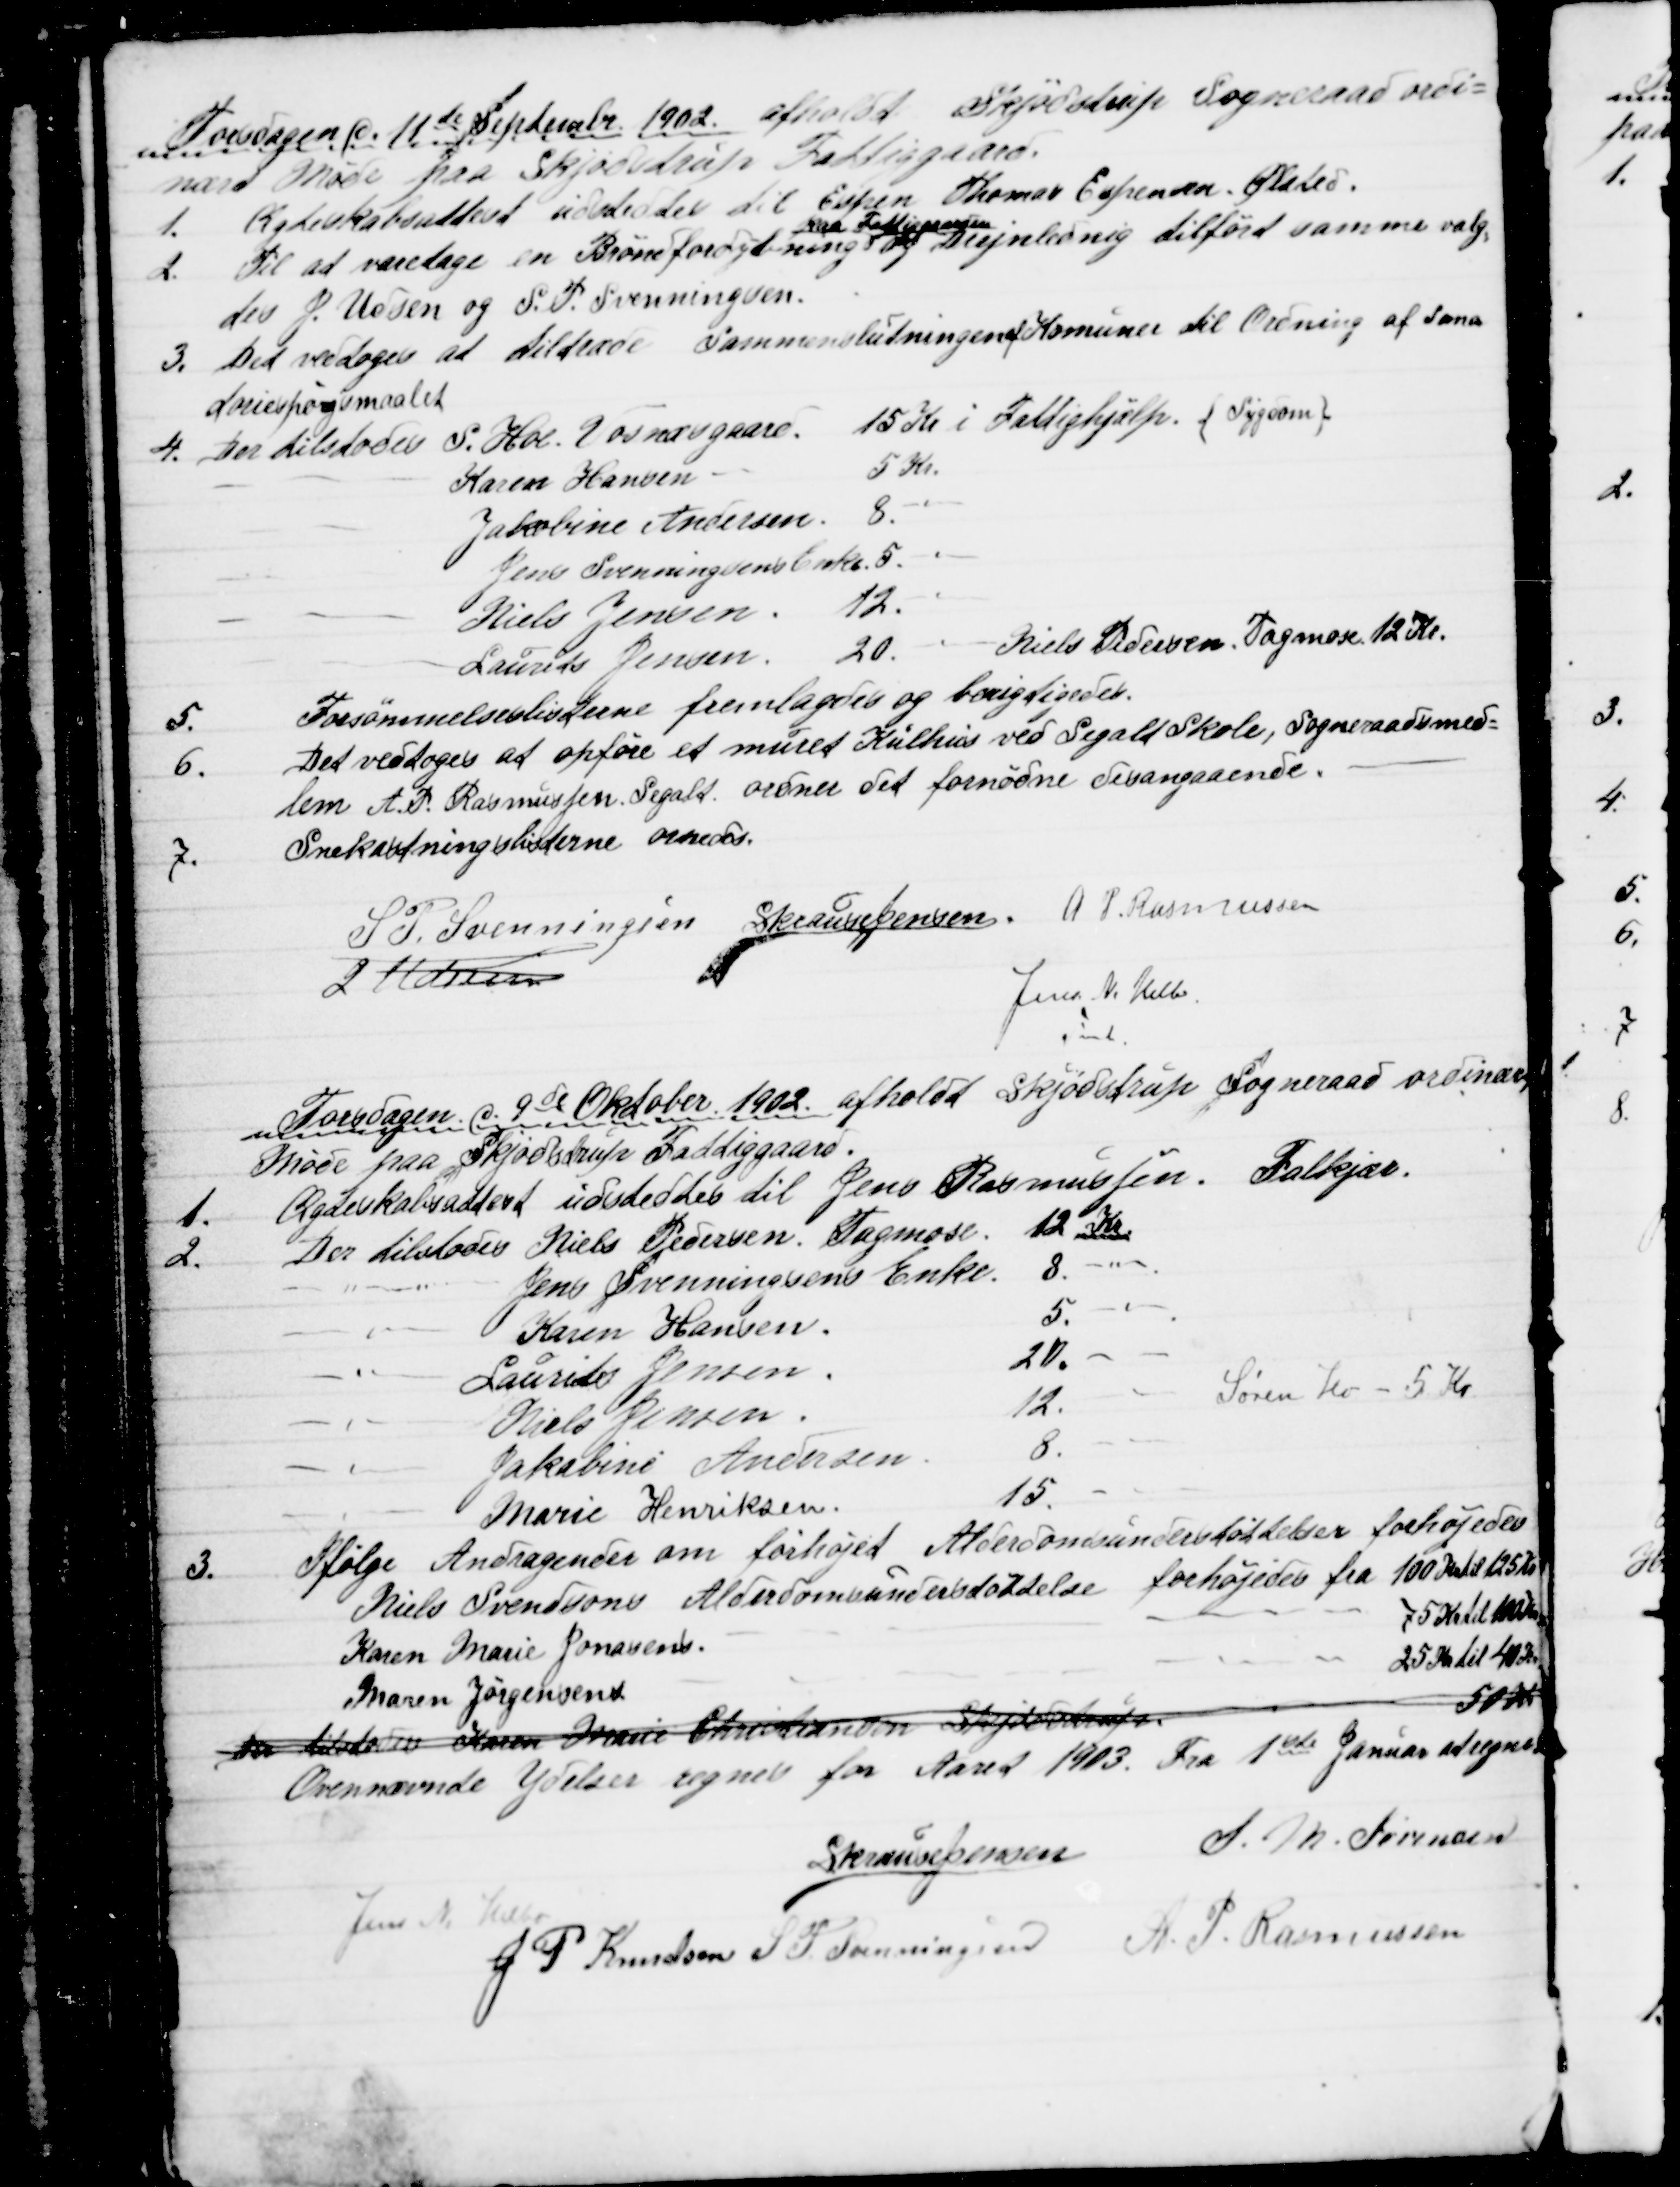
Transskription:
Torsdagen d. 11te September 1902 afholdt Skjødstrup Sogneraad ordi=
nært Møde paa Skjødstrup Fattiggaard.
1. 
Ægteskabsattest udstedtes til Espen Thomas Espensen. Ølsted.
2.
Til at varetage en Brøndfordybning 
paa Fattiggaarden
og Drejnlednig tilført samme valg=
tes J. Udsen og S. P. Svenningsen.
3. Det vedtoges at tiltræde Sammenslutningen af Komuner til Ordning af Sana
toriespørgsmaalet
4. Der tilstodes S. Hoe. Vosnæsgaard.
15 Kr i Fattighjælp {Sygdom}
Karen Hansen
5 Kr.
Jakobine Andersen 8. "
Jens Svenningsens Enke 5. "
Niels Jensen.
12. "
Laurits Jensen
20. " Niels Pedersen, Tagmose 12 Kr.
5.
Forsømmelseslisterne fremlagdes og berigtigedes.
6.
Det vedtoges at opføre et muret Kulhus ved Segalt Skole, Sogneraadsmed=
lem A. P. Rasmussen, Segalt ordner det fornødne desangaaende.
7.
Snekastningslisterne ornedes.
S. P. Svenningsen S Krause Jensen. A. P. Rasmussen
J Udsen
Jens N. Helbo
Fmd.
Torsdagen d. 9de Oktober 1902 afholdt Skjødstrup Sogneraad ordinært
Møde paa Skjødstrup Fattiggaard.
1.
Ægteskabsattest udstedtes til Jens Rasmussen, Falkjær.
2.
Der tilstodes Niels Pedersen. Tagmose.
12 Kr.
" "Jens Svenningsens Enke. 8. "
" Karen Hansen.
5. "
" Laurits Jensen.
20. "
" Niels Jensen.
12. "
Søren Ho - 5 Kr.
" Jakobine Andersen.
8. "
" Marie Henriksen.
15. "
3.
Ifølge Andragender om forhøjet Alderdomsunderstøttelser forhøjedes
Niels Svendsons Alderdomsunderstøttelse forhøjedes fra 100 Kr til 125 Kr
Karen Marie Jonasens
75 Kr til 100 Kr
Maren Jørgensens
25 Kr til 40 Kr
der tilstodes Karen Marie Christiansen Skjødstrup
50 Kr
Ovennævnte Ydelser regnes for Aaret 1903. Fra 1ste Januar at regne
S Krause Jensen S. M. Sørensen
Jens N. Helbo
J. P. Knudsen S. P. Svenningsen A. P. Rasmussen